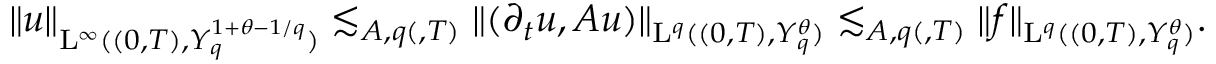
\begin{array} { r } { \lVert u \rVert _ { \mathrm { L } ^ { \infty } ( ( 0 , T ) , Y _ { q } ^ { 1 + \theta - 1 / q } ) } \lesssim _ { A , q ( , T ) } \lVert ( \partial _ { t } u , A u ) \rVert _ { \mathrm { L } ^ { q } ( ( 0 , T ) , Y _ { q } ^ { \theta } ) } \lesssim _ { A , q ( , T ) } \lVert f \rVert _ { \mathrm { L } ^ { q } ( ( 0 , T ) , Y _ { q } ^ { \theta } ) } \mathrm { . ~ } } \end{array}